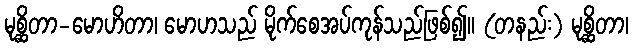
မုစ္ဆိတာ-မောဟိတာ၊ မောဟသည် မိုက်စေအပ်ကုန်သည်ဖြစ်၍။ (တနည်း) မုစ္ဆိတာ၊